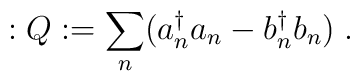
:Q:=\sum_n(a_n^{\dagger}a_n-b_n^{\dagger}b_n)\;.